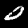
Digit: 0